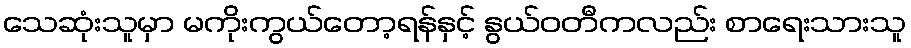
သေဆုံးသူမှာ မကိုးကွယ်တော့ရန်နှင့် နွယ်ဝတီကလည်း စာရေးသားသူ